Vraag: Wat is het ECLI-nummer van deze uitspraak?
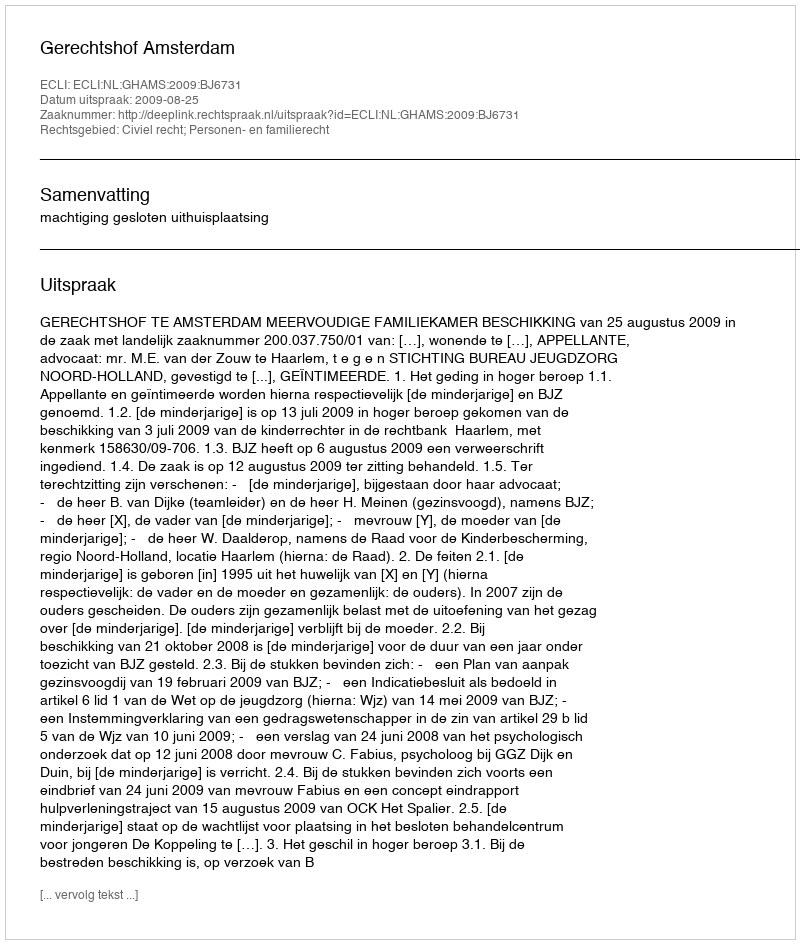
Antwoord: ECLI:NL:GHAMS:2009:BJ6731